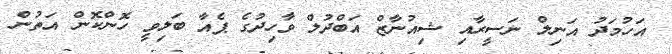
އަހުމަދު އަނިލް ނަސީރާއި ޝިއުނާޒް އަބްދުލް ވާހިދުގެ ޕެއާ ބަލިވީ ހޮންކޮން އަތުން